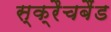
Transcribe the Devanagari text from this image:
स्क्रैचबैंड